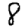
Digit: 8